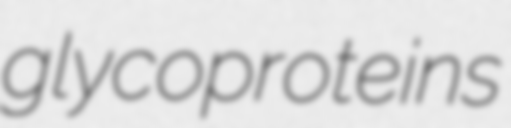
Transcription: glycoproteins